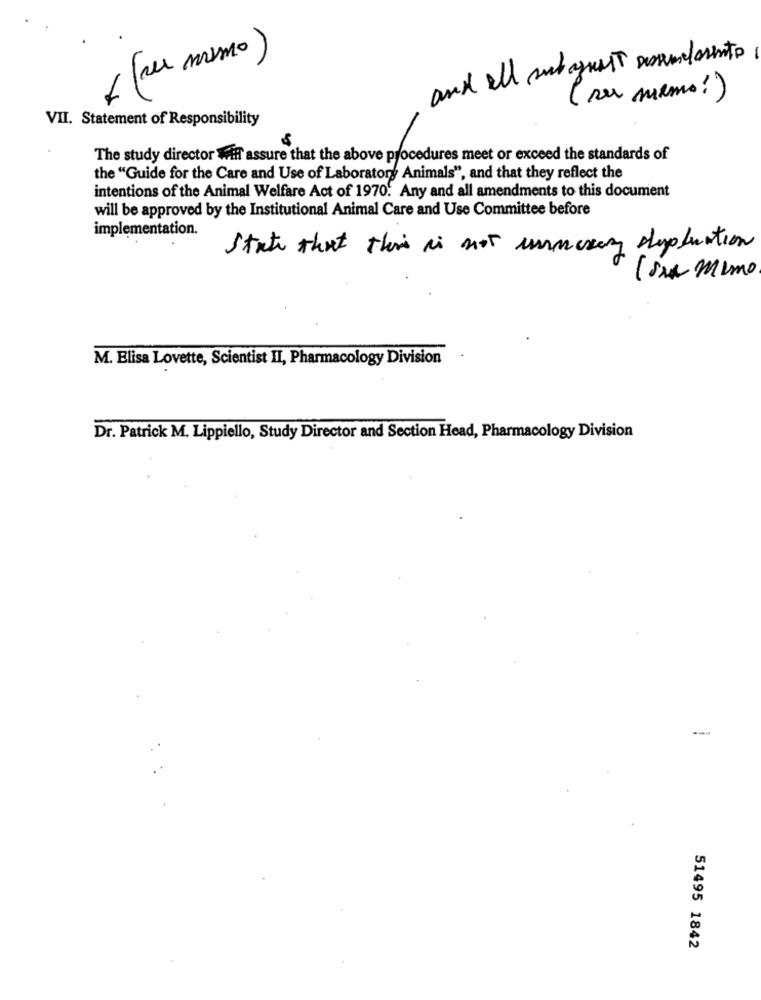
( (au mimo )
and all subaguest assumidamente
( sur memo!)
VII. Statement of Responsibility
The study director Will assure that the above procedures meet or exceed the standards of
the "Guide for the Care and Use of Laboratory Animals", and that they reflect the
intentions of the Animal Welfare Act of 1970. Any and all amendments to this document
will be approved by the Institutional Animal Care and Use Committee before
implementation.
State that this is not enmesay despluation
(SMA mimo
M. Elisa Lovette, Scientist II, Pharmacology Division
Dr. Patrick M. Lippiello, Study Director and Section Head, Pharmacology Division
---
: :
51495 1842